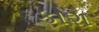
કાશ